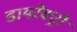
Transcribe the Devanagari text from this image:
डायरैक्ट्री